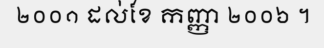
២០០១ ដល់ខែ កញ្ញា ២០០៦ ។